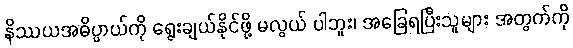
နိဿယအဓိပ္ပာယ်ကို ရွေးချယ်နိုင်ဖို့ မလွယ် ပါဘူး၊ အခြေရပြီးသူများ အတွက်ကို